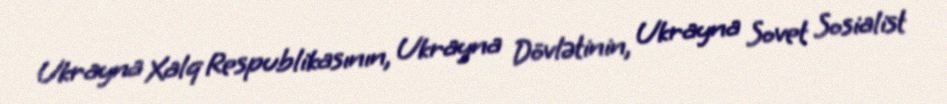
Ukrayna Xalq Respublikasının, Ukrayna Dövlətinin, Ukrayna Sovet Sosialist